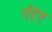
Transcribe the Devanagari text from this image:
रहिए